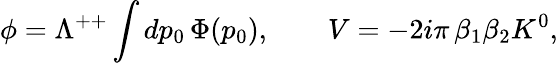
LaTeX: \phi=\Lambda^{++}\int dp_{0}\, \Phi(p_{0}),\qquad V=-2i\pi\, \beta_{1}\beta_{2}K^{0},